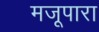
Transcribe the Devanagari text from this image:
मजूपारा